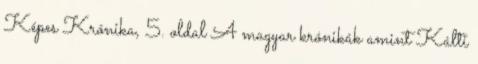
Képes Krónika, 5. oldal A magyar krónikák amint Kálti